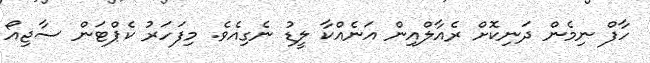
ހާފް ނިމެން ދަނިކޮށް ރެއާލްއިން އަނެއްކާ ލީޑު ނެގިއެވެ. މިފަހަރު ކެޕްޓަން ސާޖިއޯ